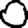
Digit: 0